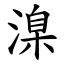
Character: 㴪